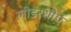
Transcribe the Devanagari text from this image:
लीडरशीप